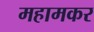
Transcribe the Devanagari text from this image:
महामकर